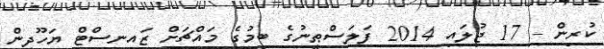
ކުރިން - 17 ޖުލައި 2014 ފަލަސްޠީނުގެ ބިމުގެ މައްޗަށް ޒައިނިސްޓް ޔަހޫދީން